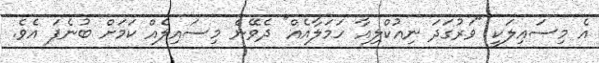
އެ މިސައިލަކީ "ވަރުގަދަ ނިއުކްލިއާ ހަމަލާއެއް" ދެވޭނެ މިސައިލެއް ކަމަށް ބުނެފަ އެވެ.